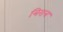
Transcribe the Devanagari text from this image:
त्रिरात्र